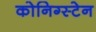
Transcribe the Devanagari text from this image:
कोनिग्स्टेन